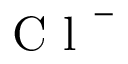
\mathrm { ~ C ~ l ~ } ^ { - }